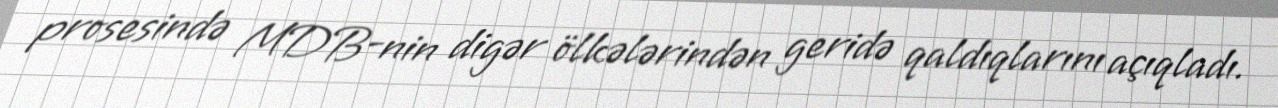
prosesində MDB-nin digər ölkələrindən geridə qaldıqlarını açıqladı.